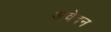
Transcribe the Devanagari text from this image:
अवेदन